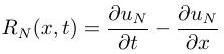
\[
R_N(x,t) = \frac{\partial u_N}{\partial t} - \frac{\partial u_N}{\partial x}
\]